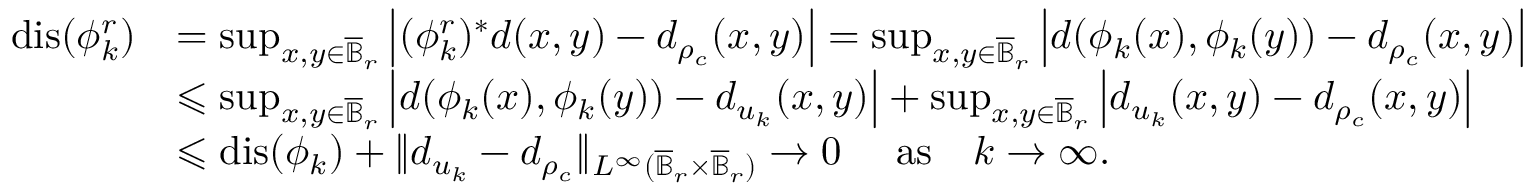
\begin{array} { r l } { \mathrm { d i s } ( \phi _ { k } ^ { r } ) } & { = \operatorname* { s u p } _ { x , y \in \overline { { \mathbb B } } _ { r } } \left\vert ( \phi _ { k } ^ { r } ) ^ { * } d ( x , y ) - d _ { \rho _ { c } } ( x , y ) \right\vert = \operatorname* { s u p } _ { x , y \in \overline { { \mathbb B } } _ { r } } \left\vert d ( \phi _ { k } ( x ) , \phi _ { k } ( y ) ) - d _ { \rho _ { c } } ( x , y ) \right\vert } \\ & { \leqslant \operatorname* { s u p } _ { x , y \in \overline { { \mathbb B } } _ { r } } \left\vert d ( \phi _ { k } ( x ) , \phi _ { k } ( y ) ) - d _ { u _ { k } } ( x , y ) \right\vert + \operatorname* { s u p } _ { x , y \in \overline { { \mathbb B } } _ { r } } \left\vert d _ { u _ { k } } ( x , y ) - d _ { \rho _ { c } } ( x , y ) \right\vert } \\ & { \leqslant \mathrm { d i s } ( \phi _ { k } ) + \| d _ { u _ { k } } - d _ { \rho _ { c } } \| _ { L ^ { \infty } ( \overline { { \mathbb B } } _ { r } \times \overline { { \mathbb B } } _ { r } ) } \to 0 \mathrm { \quad ~ a s \quad } k \to \infty . } \end{array}